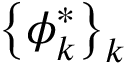
\left\{ \phi _ { k } ^ { * } \right\} _ { k }